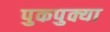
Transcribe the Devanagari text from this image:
पुकपुक्या